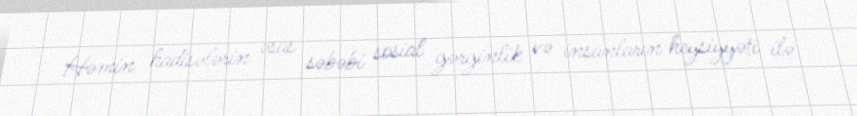
Həmin hadisələrin əsas səbəbi sosial gərginlik və insanların heysiyyəti ilə